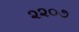
૨૨૦૭